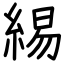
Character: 緆